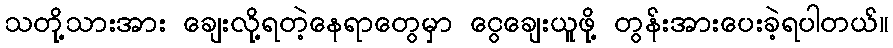
သတို့သားအား ချေးလို့ရတဲ့နေရာတွေမှာ ငွေချေးယူဖို့ တွန်းအားပေးခဲ့ရပါတယ်။